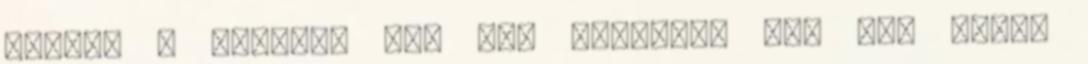
Win95. A Plushoz van egy program, ami egy elore